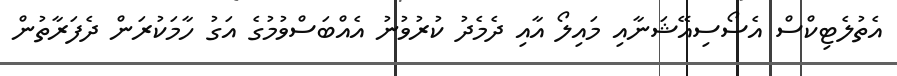
އެތުލެޓިކްސް އެސޯސިއޭޝަނާއި މައިލޯ އާއި ދެމެދު ކުރުވުނު އެއްބަސްވުމުގެ އަގު ހާމަކުރަން ދެފަރާތުން